Jaan_Tonisson_(Lasteleht), lk 430
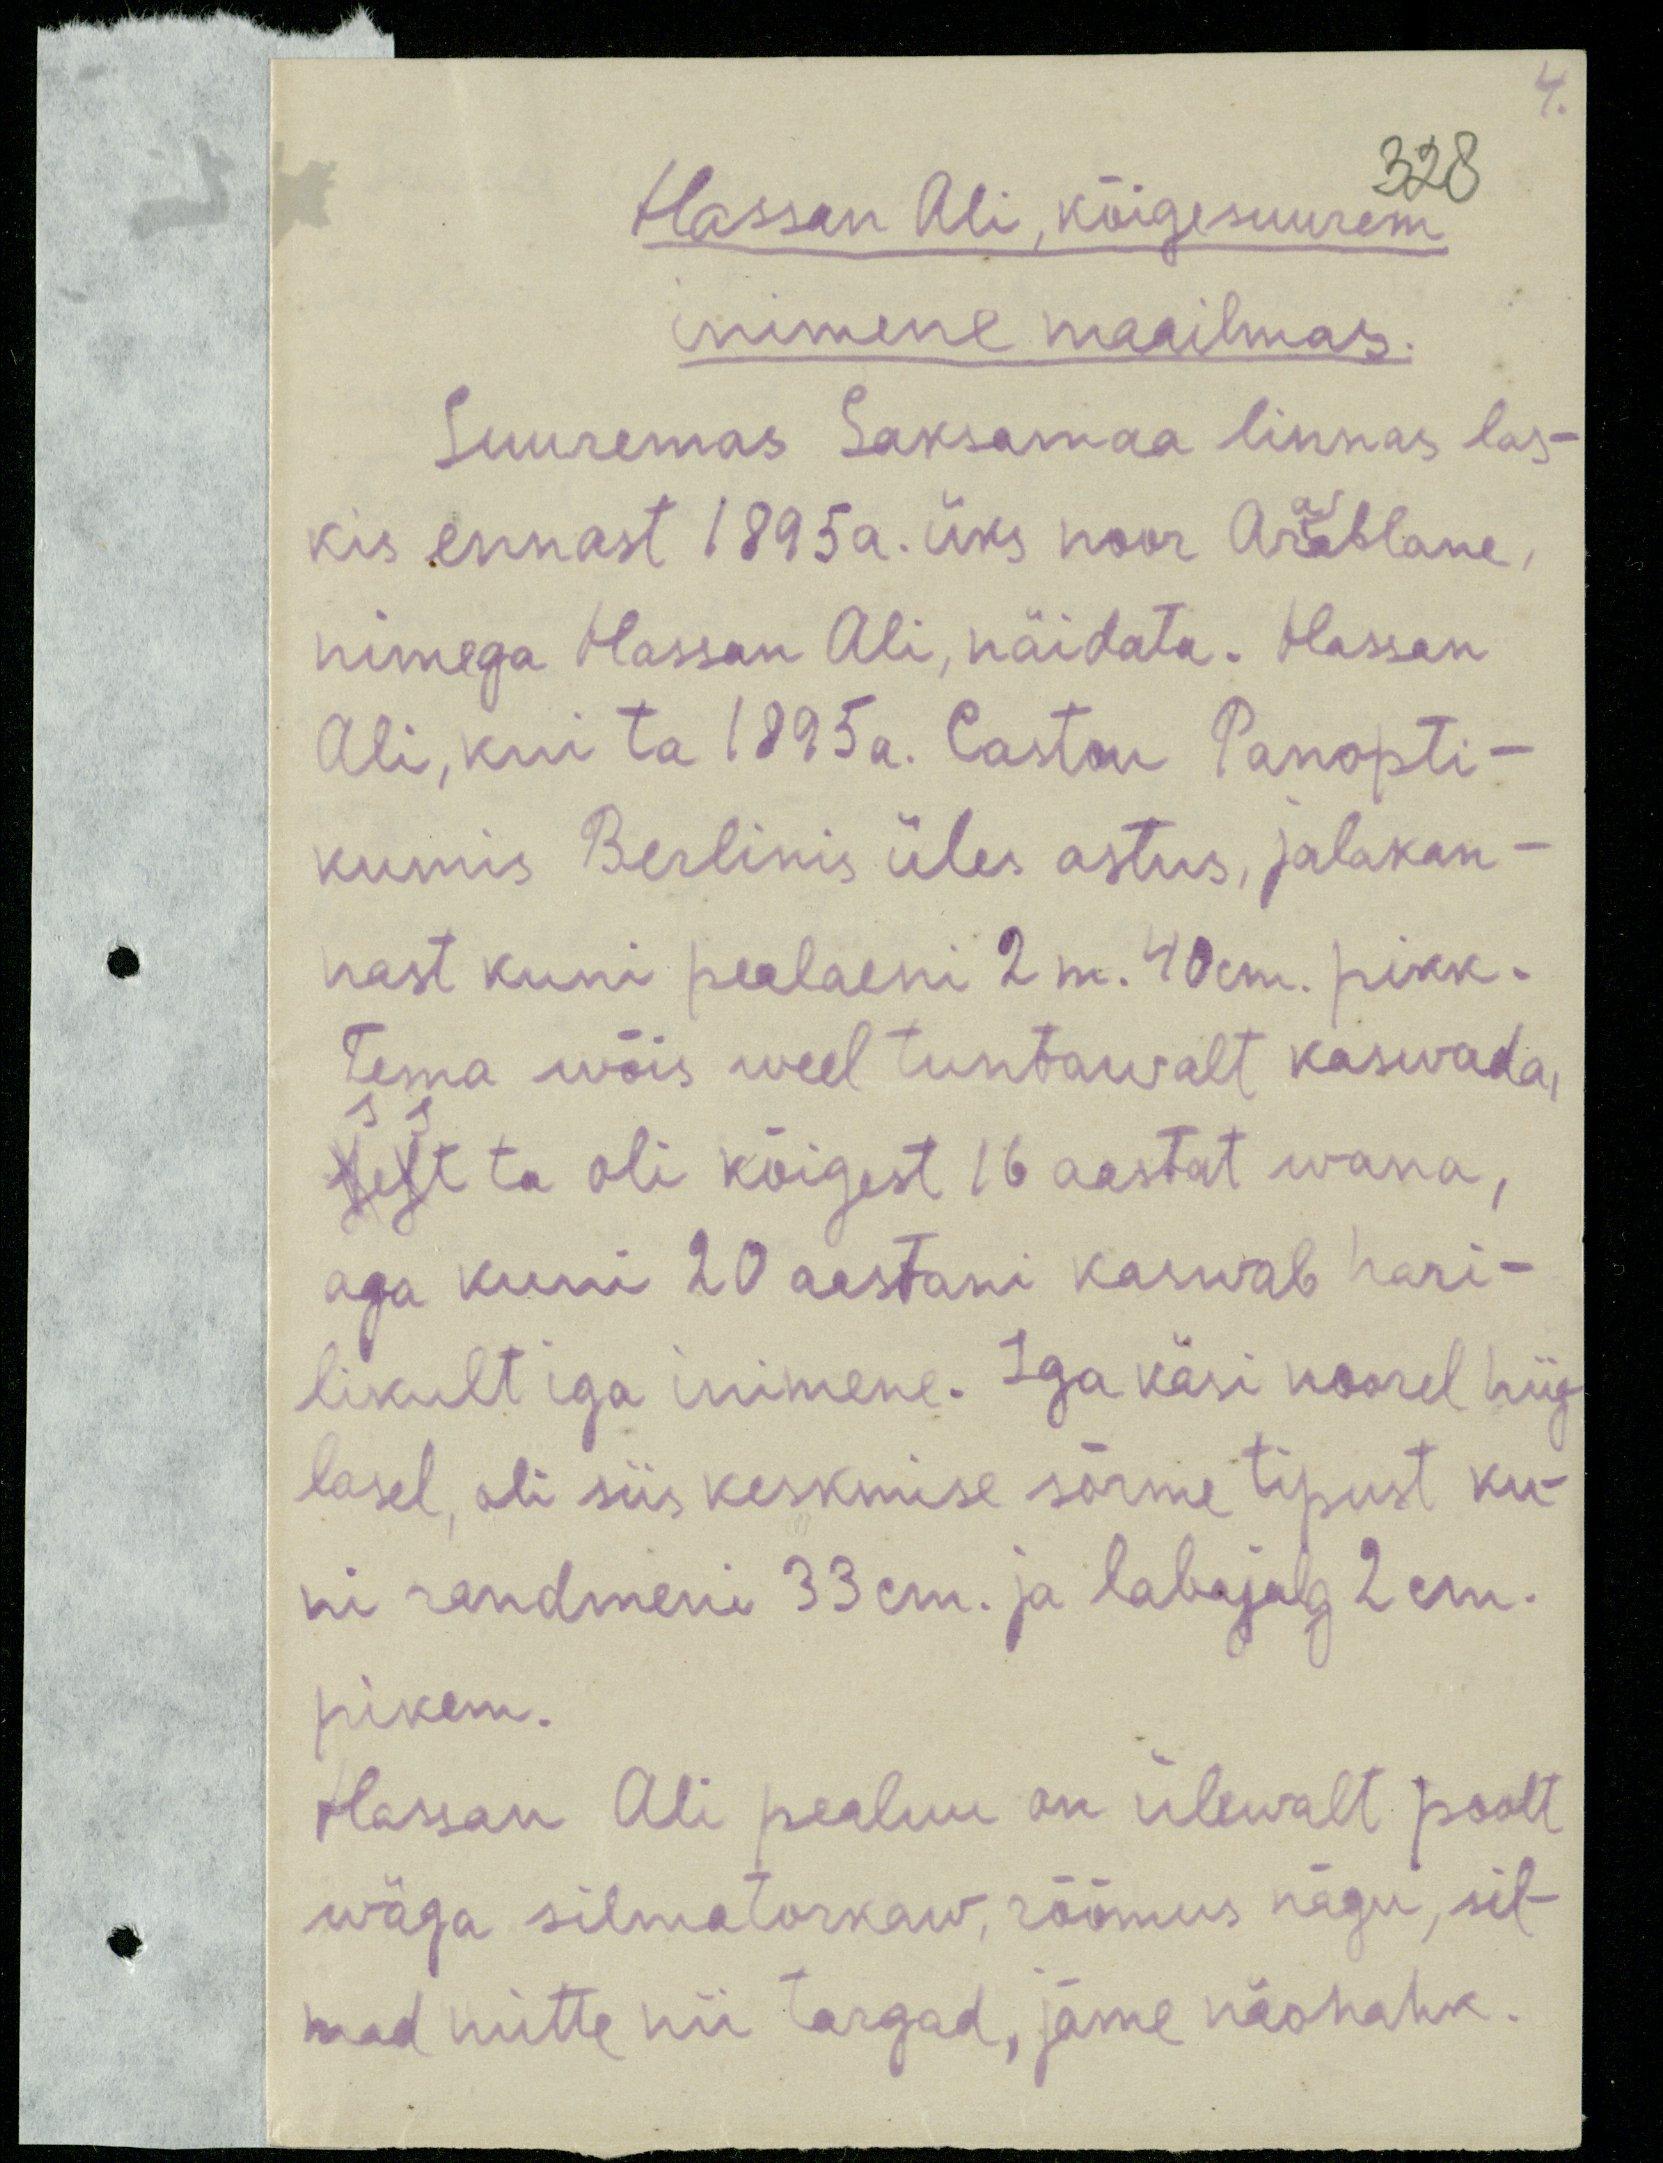
4.
Hassan Ali, kõigesuurem
328
inimene maailmas.
Suuremas Saksamaa linnas las-
kis ennast 1895 a. üks noor Araablane,
nimega Hassan Ali, näidata. Hassan
Ali, kui ta 1895 a. Castou Panopti-
kumis Berlinis üles astus, jalakan-
nast kuni pealaeni 2 m. 40cm. pikk.
Tema wõis weel tuntawalt kasvada,
sest ta oli kõigest 16 aastat wana,
aga kuni 20 aastani kaswab hari-
likult iga inimene. Iga käsi noorel hiig-
lasel, oli siis keskmise sõrme tipust ku-
ni randmeni 33cm. ja labajalg 2cm.
pikem.
Hassan Ali pealuu on ülevalt poolt
wäga silmatorkaw, rõõmus nägu, sil-
mad mitte nii targad, jäme näohahk.